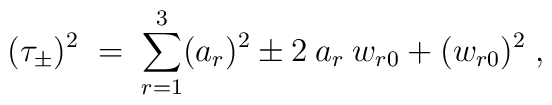
(\tau_\pm)^2 \;=\; \sum_{r=1}^3 (a_r)^2 \pm 2\: a_r\: w_{r 0} + (w_{r 0})^2 \;,